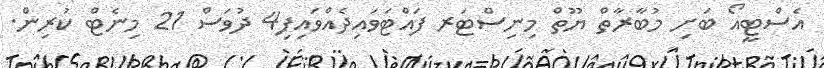
އެސްޓީއޯ ބަށި މުބާރާތް ޔޫތް މިނިސްޓަރ ފައްޓަވައިދެއްވައިފި4 ދުވަސް 21 މިނެޓް ކުރިން.